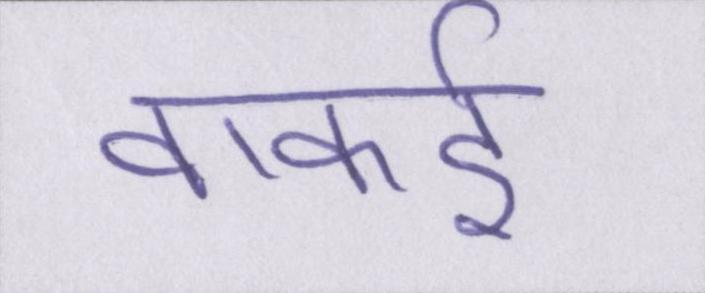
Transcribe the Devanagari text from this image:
वाकई